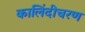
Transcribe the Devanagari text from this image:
कालिंदीचरण